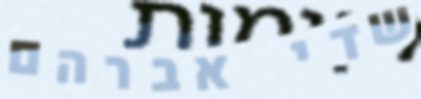
שדי אברהם